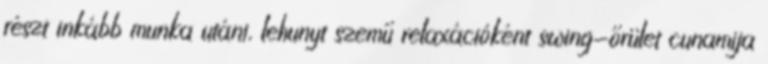
részt inkább munka utáni, lehunyt szemű relaxációként swing-őrület cunamija